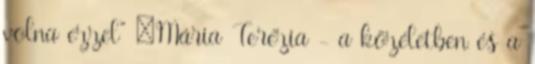
volna ezzel” –Mária Terézia - a közéletben és a